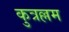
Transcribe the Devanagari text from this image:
कुत्रल्लम